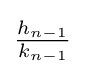
{\tfrac {h_{n-1}}{k_{n-1}}}